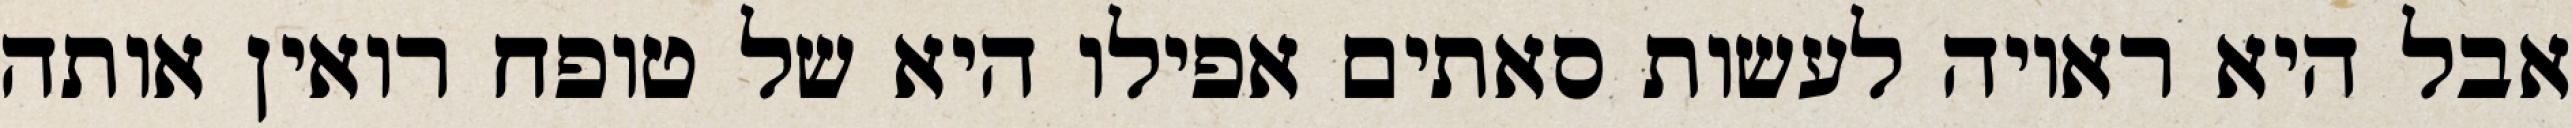
אבל היא ראויה לעשות סאתים אפילו היא של טופח רואין אותה